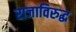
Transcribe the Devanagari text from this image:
राजाविरुद्ध